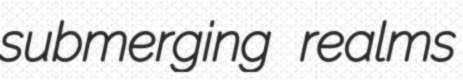
submerging realms